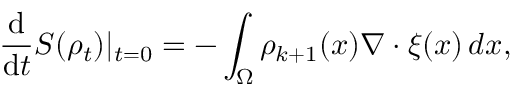
\frac { \mathrm { d } } { \mathrm { d } t } S ( \rho _ { t } ) | _ { t = 0 } = - \int _ { \Omega } \rho _ { k + 1 } ( x ) \nabla \cdot \xi ( x ) \, d x ,